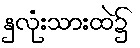
နှလုံးသားထဲ၌